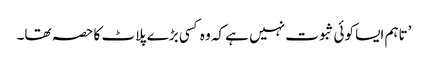
’تاہم ایسا کوئی ثبوت نہیں ہے کہ وہ کسی بڑے پلاٹ کا حصہ تھا۔